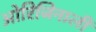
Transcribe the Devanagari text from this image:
ओरिजिनाली